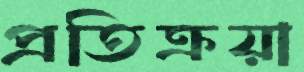
প্রতিক্রয়া